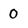
Character: 0